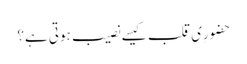
حضورِیِ قلب کیسے نصیب ہوتی ہے؟